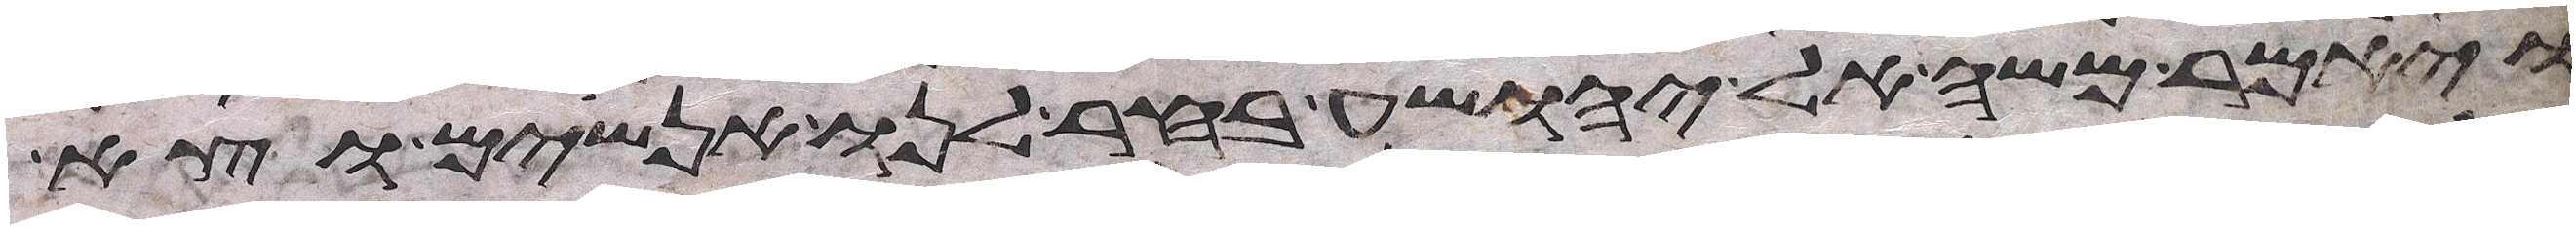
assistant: ויאמר משה ליהושע בחר לנו אנשים וצא